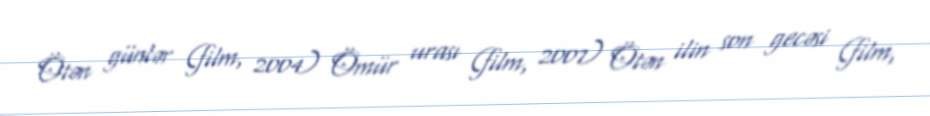
Ötən günlər (film, 2004) Ömür urası (film, 2007) Ötən ilin son gecəsi (film,